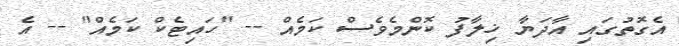
އެގޮތުގައި އާދަޔާ ޚިލާފު ކޮންމެވެސް ކަމެއް -- "ހައިޓެކް ކަމެއް" -- އެ